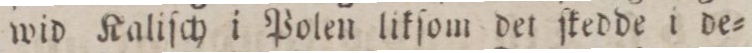
wid Kaliſch i Polen likſom det ſkedde i de=